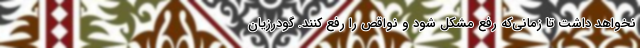
نخواهد داشت تا زمانی‌که رفع مشکل شود و نواقص را رفع کنند. گودرزیان